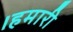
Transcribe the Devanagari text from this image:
।हमारी